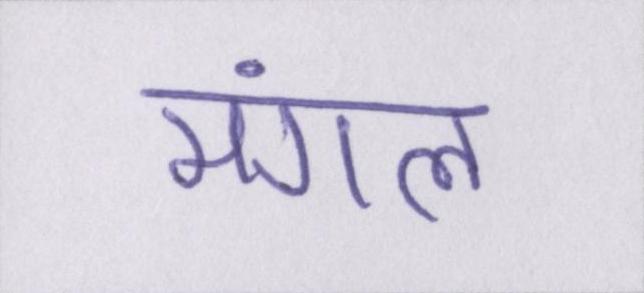
मंगल